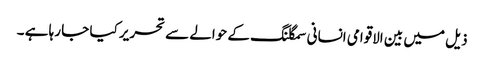
ذیل میں بین الاقوامی انسانی سمگلنگ کے حوالے سے تحریر کیا جا رہا ہے ۔